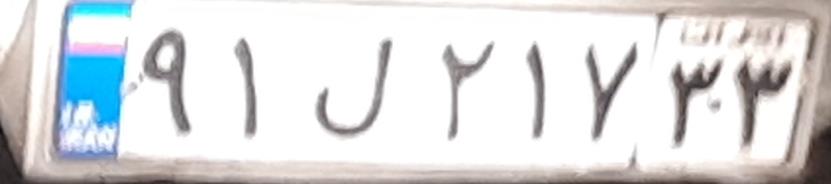
۹۱ل۲۱۷۳۳